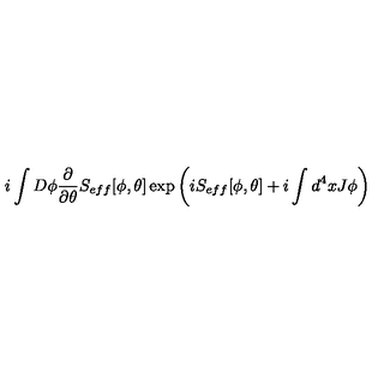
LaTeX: i \int D \phi \frac { \partial } { \partial \theta } S _ { e f f } [ \phi , \theta ] \exp \left( i S _ { e f f } [ \phi , \theta ] + i \int d ^ { 4 } x J \phi \right)